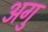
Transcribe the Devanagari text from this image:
अगु